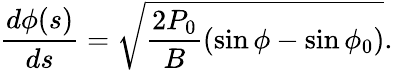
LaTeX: \frac{d\phi(s)}{ds}=\sqrt{\frac{2P_{0}}{B}(\sin\phi-\sin\phi_{0})}.